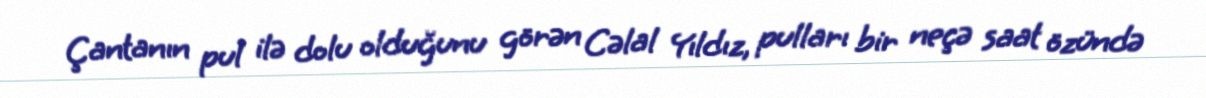
Çantanın pul ilə dolu olduğunu görən Cəlal Yıldız, pulları bir neçə saat özündə